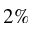
2 \%